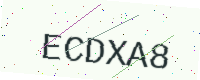
Text: ECDXA8